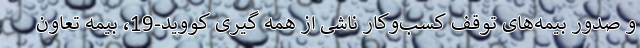
و صدور بیمه‌های توقف کسب‌وکار ناشی از همه گیری کووید-19، بیمه تعاون